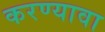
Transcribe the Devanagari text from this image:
करण्यावा